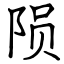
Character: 陨